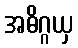
အဓိဂ္ဂယှ